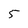
Character: 5